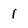
Character: 1